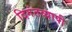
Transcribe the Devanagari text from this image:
दिगंतव्यापी